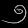
Digit: ၅